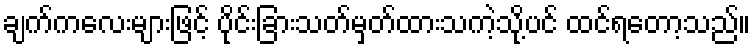
ချက်ကလေးများဖြင့် ပိုင်းခြားသတ်မှတ်ထားသကဲ့သို့ပင် ထင်ရတော့သည်။